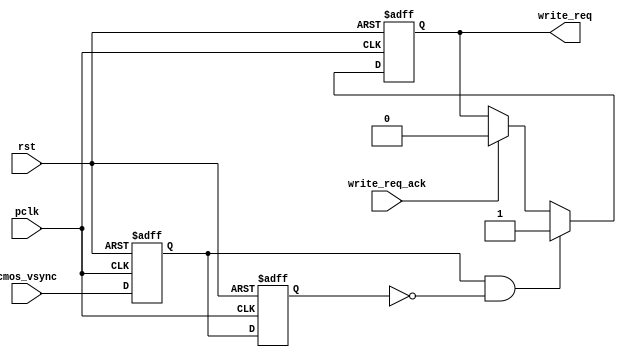
// This program was cloned from: https://github.com/WalkerLau/DetectHumanFaces
// License: MIT License

module cmos_write_req_gen(
	input              rst,
	input              pclk,
	input              cmos_vsync,
	output reg         write_req,
	// output reg  	     write_addr_index,
	// output reg  	     read_addr_index,
	input              write_req_ack     
);
reg cmos_vsync_d0;
reg cmos_vsync_d1;
always@(posedge pclk or posedge rst)
begin
	if(rst == 1'b1)
	begin
		cmos_vsync_d0 <= 1'b0;
		cmos_vsync_d1 <= 1'b0;
	end
	else
	begin
		cmos_vsync_d0 <= cmos_vsync;
		cmos_vsync_d1 <= cmos_vsync_d0;
	end
end

always@(posedge pclk or posedge rst)
begin
	if(rst == 1'b1)
	begin
		write_req <= 1'b0;
	end
	else if(cmos_vsync_d0 == 1'b1 && cmos_vsync_d1 == 1'b0)
	begin
		write_req <= 1'b1;
	end
	else if(write_req_ack == 1'b1)
		write_req <= 1'b0;
end

// always@(posedge pclk or posedge rst)
// begin
// 	if(rst == 1'b1)
// 		write_addr_index <= 1'b0;
// 	else if(cmos_vsync_d0 == 1'b1 && cmos_vsync_d1 == 1'b0)
// 		write_addr_index <= write_addr_index + 1'd1;
// end

// always@(posedge pclk or posedge rst)
// begin
// 	if(rst == 1'b1)
// 		read_addr_index <= 1'b0;
// 	else if(cmos_vsync_d0 == 1'b1 && cmos_vsync_d1 == 1'b0)
// 		read_addr_index <= write_addr_index;
// end

endmodule